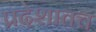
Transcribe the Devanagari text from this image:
प्रदेशातच